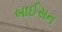
બાઈસન